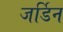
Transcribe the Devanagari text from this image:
जर्डिन